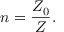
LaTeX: n = { \frac { Z _ { 0 } } { Z } } .